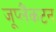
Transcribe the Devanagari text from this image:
जूप्लैंकटन